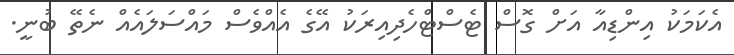
އެކަމަކު އިންޑިއާ އަށް ގޮސް ޓެސްޓްހެދިއިރަކު އޭގެ އެއްވެސް މައްސަލައެއް ނެތޭ ބުނީ.